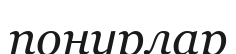
понурлар